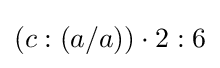
(c:(a/a))\cdot 2:6